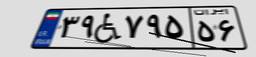
۳۹W۷۹۵۵۶